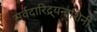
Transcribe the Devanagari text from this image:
सर्वदारिद्र्यनाशिनी